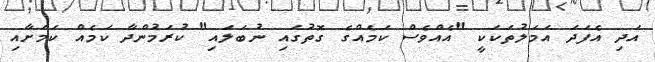
އަދި އެފަދަ އަމަލުތަކަކީ "އެއްވެސް ކަމެއްގެ ގޮތުގައި ނުބަލައި" ކުރަމުންދާ ކަމެއް ކަމަށާއި